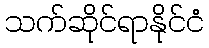
သက်ဆိုင်ရာနိုင်ငံ